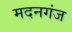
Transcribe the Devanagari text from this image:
मदनगंज